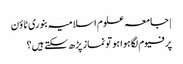
| جامعہ علوم اسلامیہ بنوری ٹاؤن
پرفیوم لگا ہوا ہو تو نماز پڑھ سکتے ہیں؟